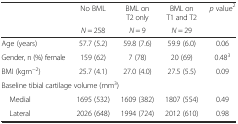
<table><thead><tr><td rowspan="2"></td><td><b>No BML</b></td><td><b>BML on T2 only</b></td><td><b>BML on T1 and T2</b></td><td rowspan="2"><b><i>p</i> value<sup>2</sup></b></td></tr><tr><td><b><i>N</i> = 258</b></td><td><b><i>N</i> = 9</b></td><td><b><i>N</i> = 29</b></td></tr></thead><tbody><tr><td>Age (years)</td><td>57.7 (5.2)</td><td>59.8 (7.6)</td><td>59.9 (6.0)</td><td>0.06</td></tr><tr><td>Gender, n (%) female</td><td>159 (62)</td><td>7 (78)</td><td>20 (69)</td><td>0.48<sup>3</sup></td></tr><tr><td>BMI (kgm<sup>−2</sup>)</td><td>25.7 (4.1)</td><td>27.0 (4.0)</td><td>27.5 (5.5)</td><td>0.09</td></tr><tr><td colspan="5">Baseline tibial cartilage volume (mm<sup>3</sup>)</td></tr><tr><td> Medial</td><td>1695 (532)</td><td>1609 (382)</td><td>1807 (554)</td><td>0.49</td></tr><tr><td> Lateral</td><td>2026 (648)</td><td>1994 (724)</td><td>2012 (610)</td><td>0.98</td></tr></tbody></table>